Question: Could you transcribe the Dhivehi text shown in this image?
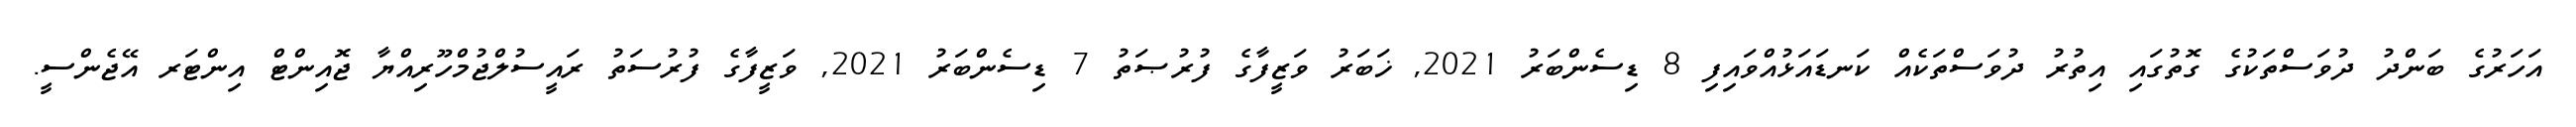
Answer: އަހަރުގެ ބަންދު ދުވަސްތަކުގެ ގޮތުގައި އިތުރު ދުވަސްތަކެއް ކަނޑައަޅުއްވައިފި 8 ޑިސެންބަރު 2021, ޚަބަރު ވަޒީފާގެ ފުރުޞަތު 7 ޑިސެންބަރު 2021, ވަޒީފާގެ ފުރުސަތު ރައީސުލްޖުމްހޫރިއްޔާ ޖޮއިންޓް އިންޓަރ އޭޖެންސީ.